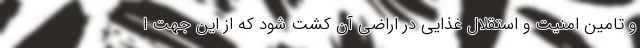
و تامین امنیت و استقلال غذایی در اراضی آن کشت شود که از این جهت ا